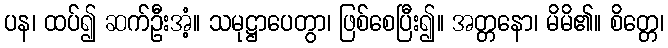
ပန၊ ထပ်၍ ဆက်ဦးအံ့။ သမုဋ္ဌာပေတွာ၊ ဖြစ်စေပြီး၍။ အတ္တနော၊ မိမိ၏။ စိတ္တေ၊